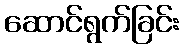
ဆောင်ရွက်ခြင်း